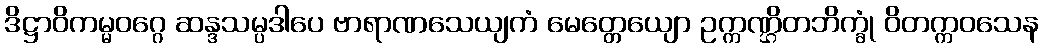
ဒိဋ္ဌာဝိကမ္မဝဂ္ဂေ ဆန္ဒသမ္ပဒါပေ ဗာရာဏသေယျကံ မေတ္တေယျော ဥက္ကဏ္ဌိတဘိက္ခုံ ဝိတက္ကဝသေန